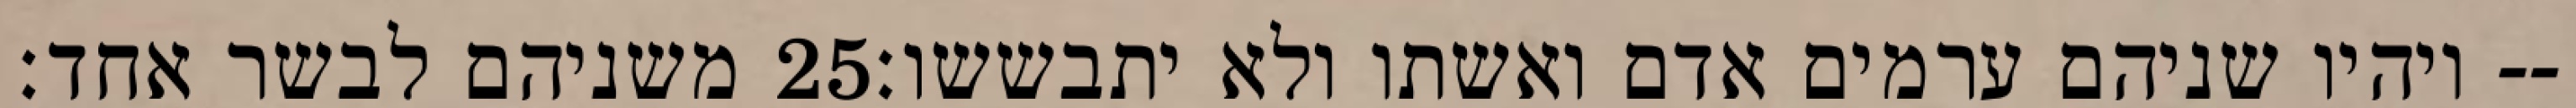
משניהם לבשר אחד׃ ‎25‏ ויהיו שניהם ערמים אדם ואשתו ולא יתבששו׃--